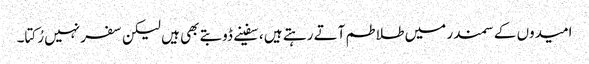
امیدوں کے سمندر میں طلاطم آتے رہتے ہیں ، سفینے ڈوبتے بھی ہیں لیکن سفر نہیں رُکتا۔